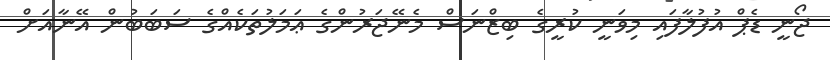
ޖޯނީ ޑެޕް އުފުލާފައި މިވަނީ ކުރީގެ ބިޒްނަސް މެނޭޖަރުންގެ ޢަމަލުތަކެއްގެ ސަބަބުން އޭނާއަށް